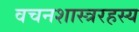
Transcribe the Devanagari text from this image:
वचनशास्त्ररहस्य